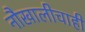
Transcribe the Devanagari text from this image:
नौखालीचाही